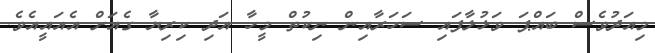
މިއަދުވެސް ބައްޕަ ވަޅުލާފައި ސަހަރާއިން ނިކުތް މީހާ އަދި ކިރިޔާ ގެއަށް އެއައީއެވެ.